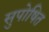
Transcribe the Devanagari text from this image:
सुपोषित